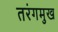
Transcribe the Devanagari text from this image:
तरंगमुख